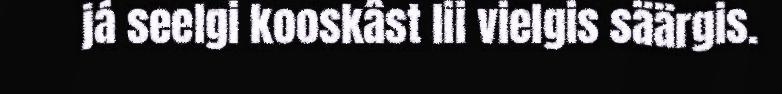
já seelgi kooskâst lii vielgis säärgis.